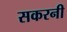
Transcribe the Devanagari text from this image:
सकरनी